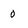
Character: 0